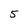
Character: 5